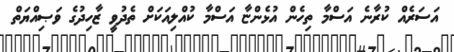
އަސަރެއް ކުރާނެ އަސްމާ ތިހެން އުޅެންޏާ އަސްމާ ކުއްލިއަކަށް ތެދުވީ ޒާހިދުގެ ވަޞިއްޔަތް